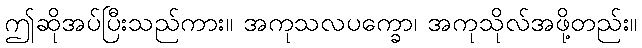
ဤဆိုအပ်ပြီးသည်ကား။ အကုသလပက္ခော၊ အကုသိုလ်အဖို့တည်း။